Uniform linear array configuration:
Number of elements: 12
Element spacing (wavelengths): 0.25
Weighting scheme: cosine
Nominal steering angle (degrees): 0
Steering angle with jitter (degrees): -1.077
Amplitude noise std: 0.05
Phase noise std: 0.05

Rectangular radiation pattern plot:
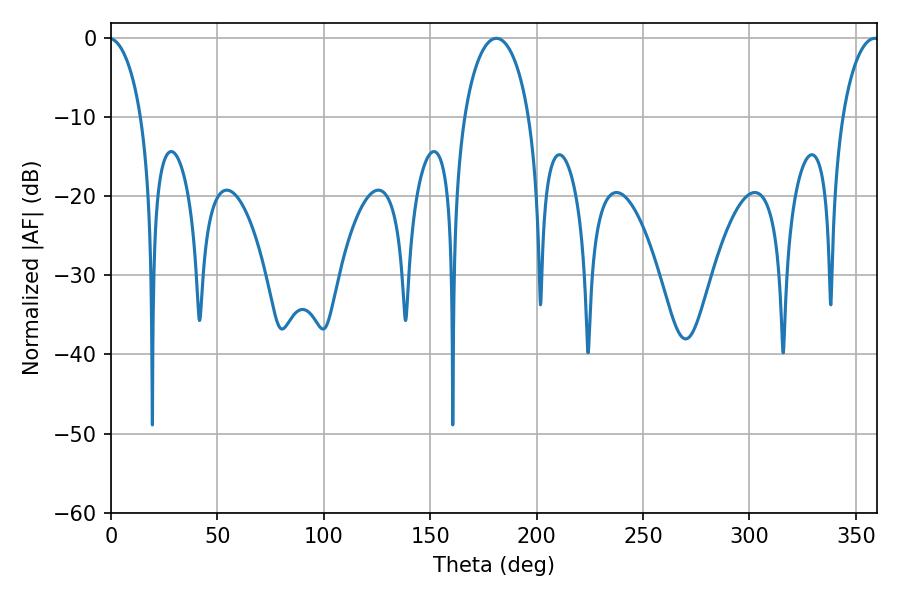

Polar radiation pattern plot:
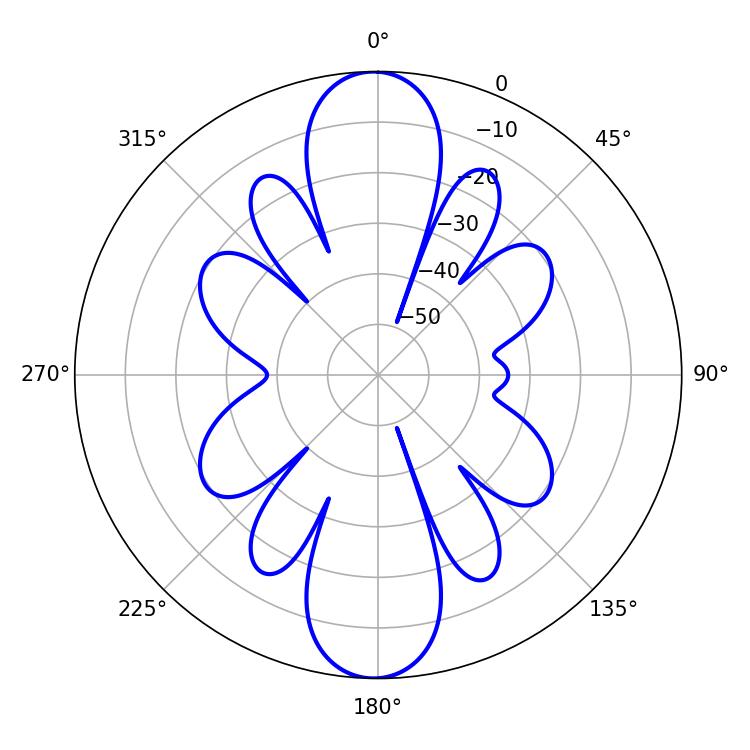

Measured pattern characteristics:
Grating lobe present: FALSE
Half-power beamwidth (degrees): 17.64
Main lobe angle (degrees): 181.08